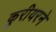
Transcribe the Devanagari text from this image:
कुरीयरने